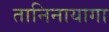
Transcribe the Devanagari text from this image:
तानिनायागा